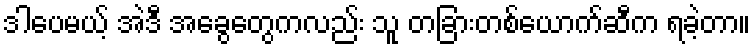
ဒါပေမယ့် အဲဒီ အခွေတွေကလည်း သူ တခြားတစ်ယောက်ဆီက ရခဲ့တာ။